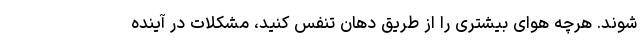
شوند. هرچه هوای بیشتری را از طریق دهان تنفس کنید، مشکلات در آینده